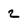
Character: 2